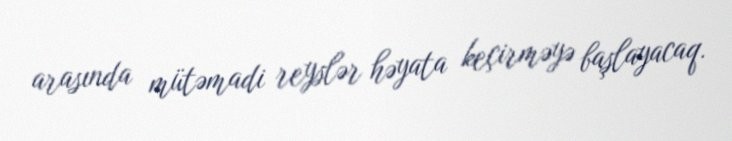
arasında mütəmadi reyslər həyata keçirməyə başlayacaq.